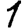
Digit: 1